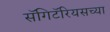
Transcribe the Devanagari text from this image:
सॅगिटॅरियसच्या